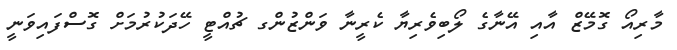
މާރިއޯ ގޮމޭޒް އާއި އޭނާގެ ލޯބިވެރިޔާ ކެރީނާ ވަންޒުންގ ޗުއްޓީ ހޭދަކުރުމަށް ގޮސްފައިވަނީ